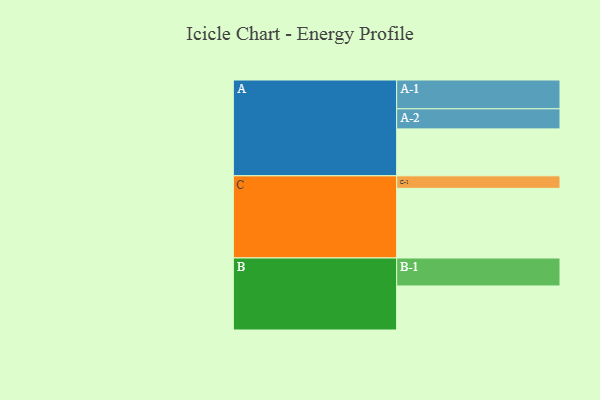
{"axis": {"x": "Segment", "y": "Value"}, "legend": ["", "A", "B", "C"], "data": [{"x": "A", "y": 386, "type": ""}, {"x": "B", "y": 362, "type": ""}, {"x": "C", "y": 573, "type": ""}, {"x": "A-1", "y": 237, "type": "A"}, {"x": "A-2", "y": 165, "type": "A"}, {"x": "B-1", "y": 230, "type": "B"}, {"x": "C-1", "y": 103, "type": "C"}]}